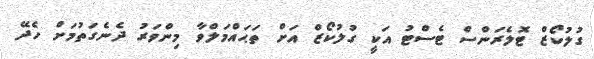
ގުލުކޯޒް ޓޮލެރަންސް ޓެސްޓު އަކީ ގުލުކޯޒް އަށް ތަޙައްމަލްވާ މިންވަރު ދެނެގަތުމަށް ހެދޭ